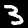
Label: 3